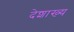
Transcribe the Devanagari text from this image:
देशाख्य